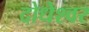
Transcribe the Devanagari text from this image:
दोधेश्वर